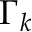
\Gamma _ { k }